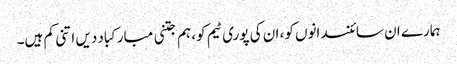
ہمارے ان سائنسدانوں کو، ان کی پوری ٹیم کو، ہم جتنی مبارکباد دیں اتنی کم ہیں۔